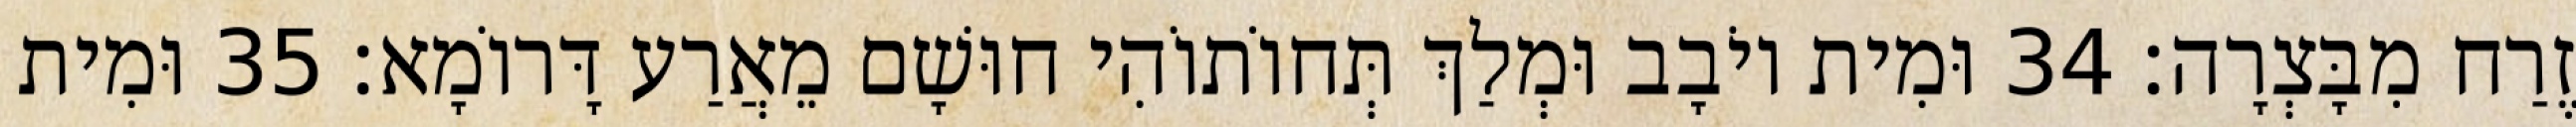
זֶרַח מִבָּצְרָה׃ 34 וּמִית יוֹבָב וּמְלַךְ תְּחוֹתוֹהִי חוּשָׁם מֵאֲרַע דָּרוֹמָא׃ 35 וּמִית